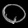
Digit: ၀